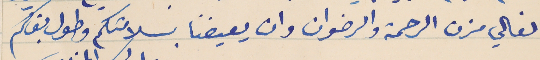
الغالي حزن الرحمة والرضوان وان يعيضنا بسلامتكم وطول بقاكم